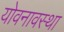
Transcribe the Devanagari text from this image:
योवनावस्था